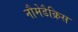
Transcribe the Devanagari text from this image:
नौमेडैक्रिस